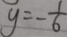
y = - \frac { 1 } { 6 }